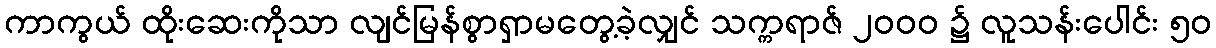
ကာကွယ် ထိုးဆေးကိုသာ လျင်မြန်စွာရှာမတွေ့ခဲ့လျှင် သက္ကရာဇ် ၂၀၀၀ ၌ လူသန်းပေါင်း ၅၀